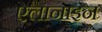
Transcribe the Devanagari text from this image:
ऐलानाइन